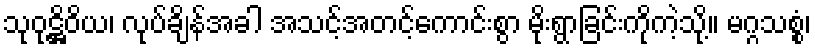
သုဝုဋ္ဌိဝိယ၊ လုပ်ချိန်အခါ အသင့်အတင့်ကောင်းစွာ မိုးရွာခြင်းကိုကဲ့သို့။ မဂ္ဂသစ္စံ၊